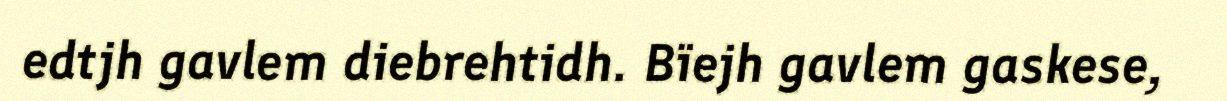
edtjh gavlem diebrehtidh. Bïejh gavlem gaskese,